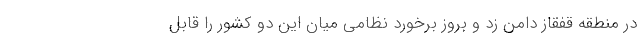
در منطقه قفقاز دامن زد و بروز برخورد نظامی میان این دو کشور را قابل